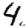
Digit: 4